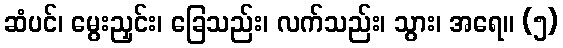
ဆံပင်၊ မွေးညှင်း၊ ခြေသည်း၊ လက်သည်း၊ သွား၊ အရေ။ (၅)